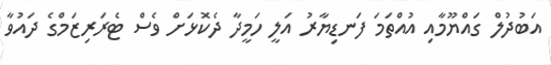
އަބުދުލް ގައްޔޫމާއި އުއްްތަމަ ފަނޑިޔާރު އަލީ ހަމީދާ ދެކޮޅަށް ވެސް ޓެރަރިޒަމްގެ ދައުވާ